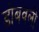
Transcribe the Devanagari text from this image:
डोंबवली